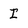
Character: I